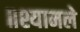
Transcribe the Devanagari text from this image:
॥श्यामले